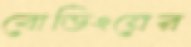
বোডিংয়ের